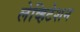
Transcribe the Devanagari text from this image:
लेव्हिटेशन